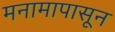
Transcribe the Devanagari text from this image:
मनामापासून